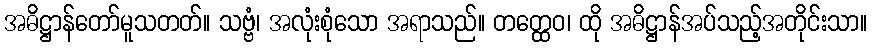
အဓိဋ္ဌာန်တော်မူသတတ်။ သဗ္ဗံ၊ အလုံးစုံသော အရာသည်။ တတ္ထေဝ၊ ထို အဓိဋ္ဌာန်အပ်သည့်အတိုင်းသာ။